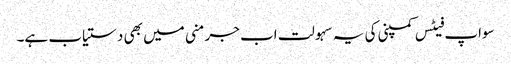
سواپ فیٹس کمپنی کی یہ سہولت اب جرمنی میں بھی دستیاب ہے۔